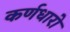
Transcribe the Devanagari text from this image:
कर्णधारो